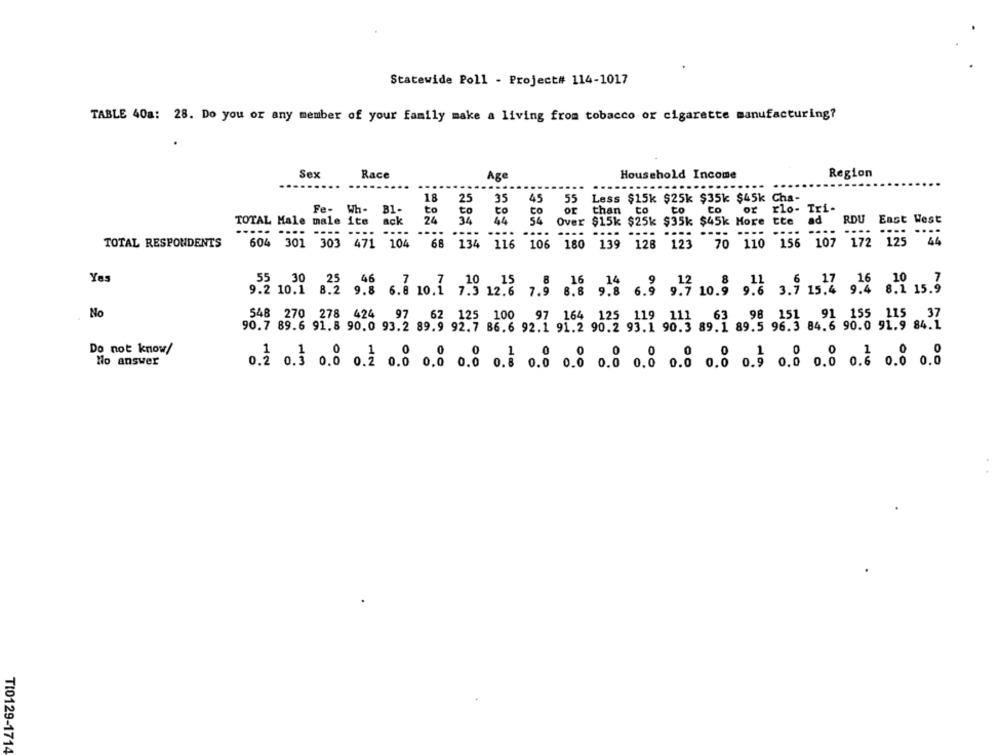
Statewide Poll - Project# 114-1017
TABLE 40a: 28. Do you or any member of your family make a living from tobacco or cigarette manufacturing?
Sex
Race
Household Income
Region
Age
-----
....
....
18
25
35
45
55
Less $15k $25k $35k $45k Cha-
Fe- Wh-
B1.
to
to
to
CO
or
than
to
to
Co
or rlo- Tri-
ack
24
44
54
TOTAL Male male ite
34
Over $15k $25k $35k $45k More tte
ad
RDU East West
....
....
....
----
....
....
....
....
....
107
TOTAL RESPONDENTS
604 301 303 471 104
68 134
116
106
180
139 128 123
70 110 156
Yes
30
.10 15
8
16
.14
9.2 10.1 8.2 9.8 6.9 10.1
7.3 12.6 7.9
8.8
9.8 6.9 9.7 10.9 9.6 3.9 15.4 9.4 8.1 15.9
No
548 270 278 424
97
62 125 100
97 164 125 119
0 98 151 91 155 115
90.7 89.6 91.8 90.0 93.2 89.9 92.7 86.6 92.1 91.2 90.2 93.1 90.3 89.1 89.5 96.
Do not know/
No answer
0.2 0.3 0.0 0.2 0.0 0.0 0.0 0. 0.0 0.8 .8 0.0 0.0 0.0 .3 .0 0.0 o.E ... ..
TI0129-1714